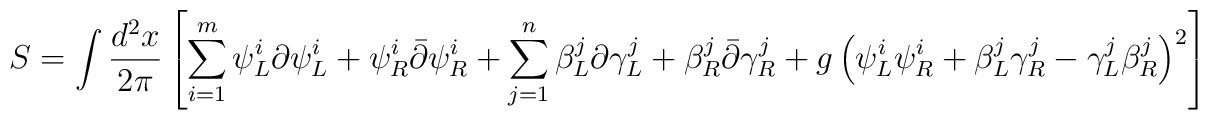
S=\int {d^2x\over 2\pi} \left[\sum_{i=1}^{m}\psi^i_L\partial\psi^i_L+\psi^i_R\bar{\partial}\psi^i_R+\sum_{j=1}^{n}\beta_L^j\partial\gamma_L^j+\beta_R^j\bar{\partial}\gamma_R^j+g\left(\psi_L^i\psi_R^i+\beta_L^j\gamma_R^j-\gamma_L^j\beta^j_R\right)^2\right]